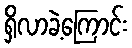
ရှိလာခဲ့ကြောင်း